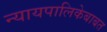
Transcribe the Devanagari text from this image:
न्यायपालिकेबाबत